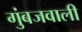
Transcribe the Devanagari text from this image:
गुंबजवाली